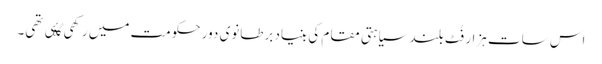
اس سات ہزار فُٹ بلند سیاہتی مقام کی بنیاد برطانوی دور حکومت میں رکھی گۂی تھی۔